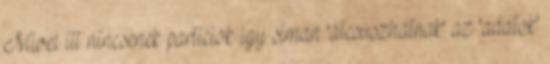
Mivel itt nincsenek particiok igy siman 'atcsuszhatnak' az 'adatok'